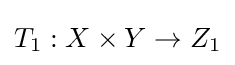
T_{1}:X\times Y\to Z_{1}